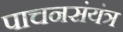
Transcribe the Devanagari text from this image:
पाचनसंयंत्र